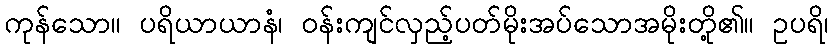
ကုန်သော။ ပရိယာယာနံ၊ ဝန်းကျင်လှည့်ပတ်မိုးအပ်သောအမိုးတို့၏။ ဥပရိ၊